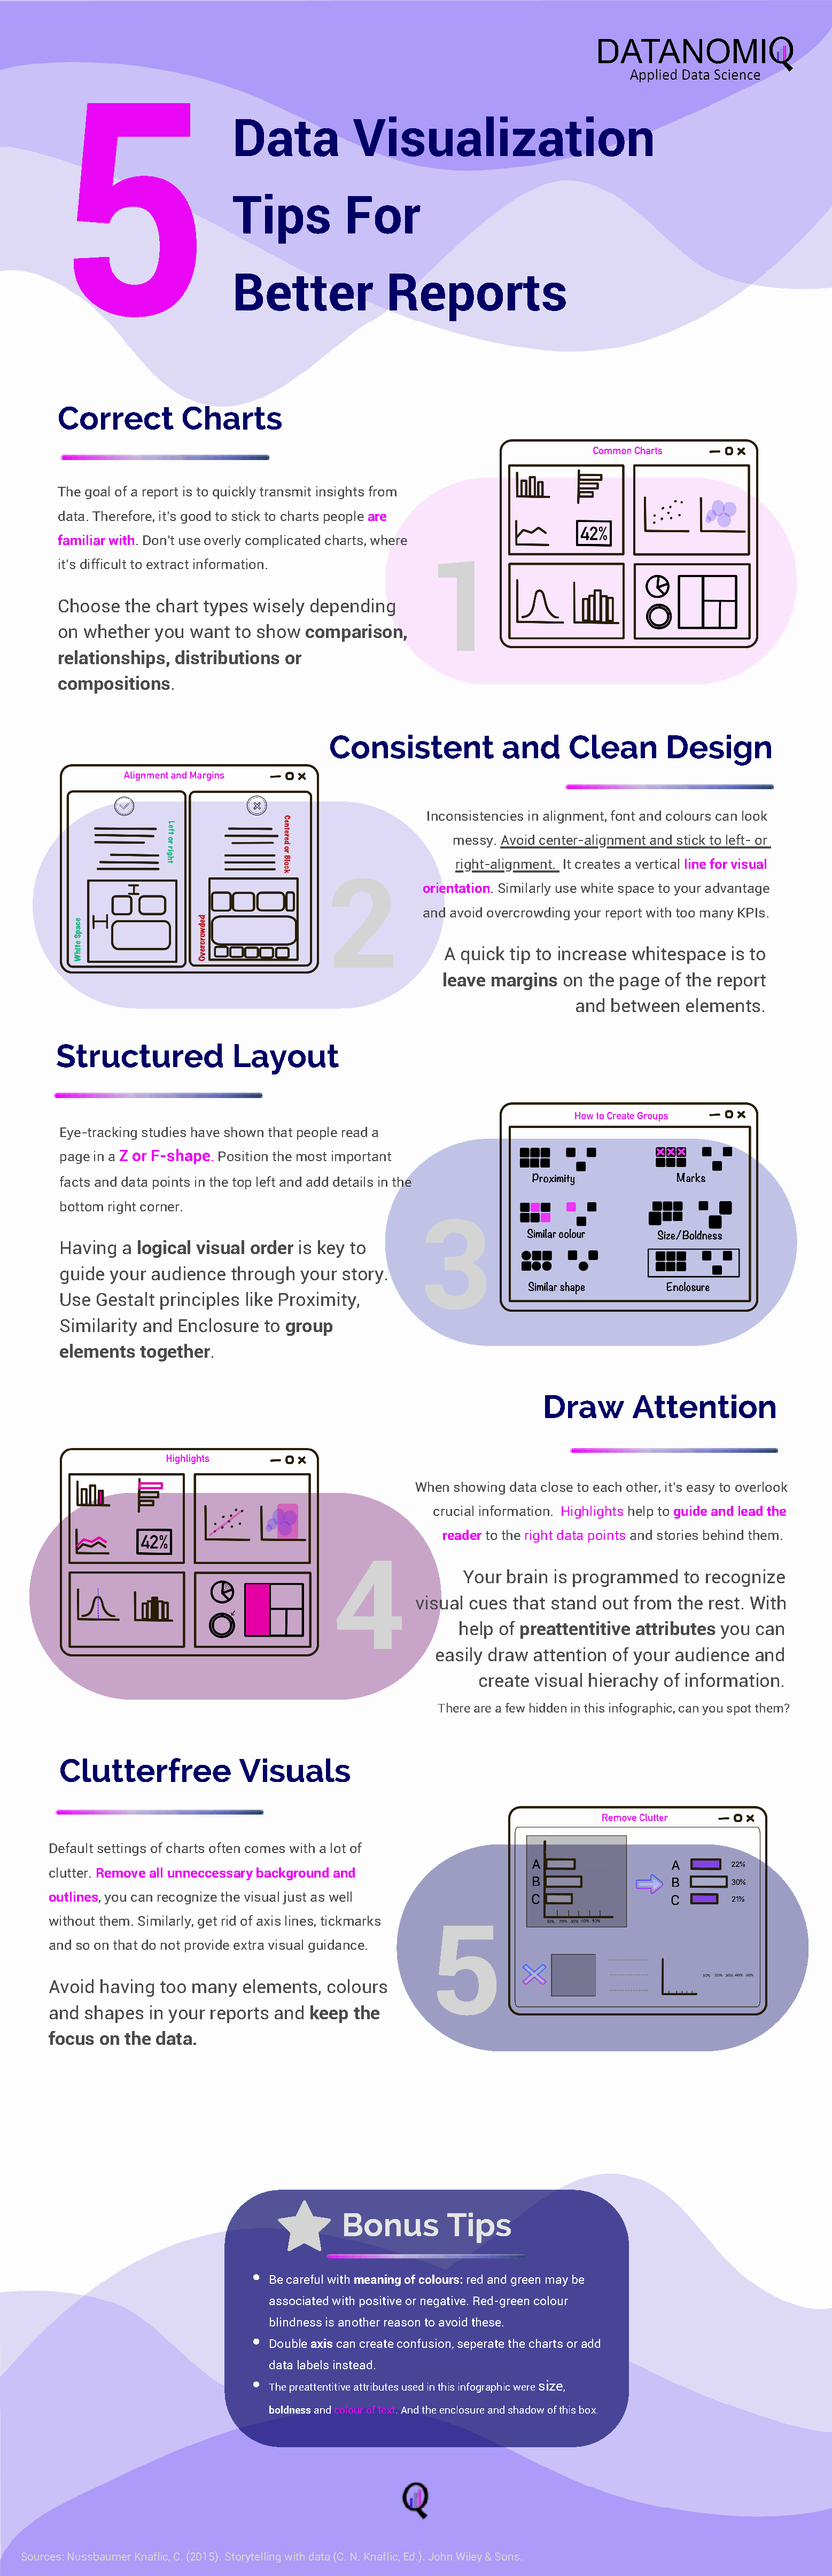
5
 Data           Visualization
 Tips          For
 Better             Reports
 Correct        Charts
 The goal of a report is to quickly transmit insights from
 data. Therefore, it's good to stick to charts people are
 familiar with. Don't use overly complicated charts, where
 it's difficult to extract information.        1
 Choose  the chart types wisely depending
 on whether  you want  to show  comparison,
 relationships, distributions or
 compositions.
 Consistent           and     Clean       Design
 Inconsistencies in alignment, font and colours can look
 messy. Avoid center-alignment and stick to left- or
 right-alignment. It creates a vertical line for visual
 2
 orientation. Similarly use white space to your advantage
 and avoid overcrowding your report with too many KPIs.
 A quick tip to increase whitespace is to
 leave margins  on the page of the report
 and  between  elements.
 Structured            Layout
 Eye-tracking studies have shown that people read a
 page in a Z or F-shape. Position the most important
 facts and data points in the top left and add details in the
 bottom right corner.
 3
 Having  a logical visual order is key to
 guide  your audience  through your story.
 Use  Gestalt principles like Proximity,
 Similarity and Enclosure  to group
 elements  together.
 Draw       Attention
 When showing data close to each other, it's easy to overlook
 crucial information. Highlights help to guide and lead the
 reader to the right data points and stories behind them.
 4
 Your  brain is programmed   to recognize
 visual cues that stand  out from the rest. With
 help of preattentitive attributes you can
 easily draw attention of your audience and
 create visual hierachy of information.
 There are a few hidden in this infographic, can you spot them?
 Clutterfree            Visuals
 Default settings of charts often comes with a lot of
 clutter. Remove all unneccessary background and
 outlines, you can recognize the visual just as well
 without them. Similarly, get rid of axis lines, tickmarks
 5
 and so on that do not provide extra visual guidance.
 Avoid having  too many  elements, colours
 and shapes  in your reports and keep  the
 focus on the data.
 Bonus        Tips
 
 Be careful with meaning of colours: red and green may be
 associated with positive or negative. Red-green colour
 blindness is another reason to avoid these.
 
 Double axis can create confusion, seperate the charts or add
 data labels instead.
 
 The preattentitive attributes used in this infographic were size,
 boldness and colour of text. And the enclosure and shadow of this box.
 Sources: Nussbaumer Knaflic, C. (2015). Storytelling with data (C. N. Knaflic, Ed.). John Wiley & Sons.